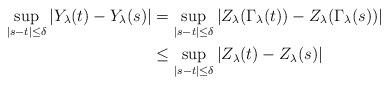
LaTeX: \begin{align*}\sup_{|s-t|\leq\delta} |Y_\lambda(t) - Y_\lambda(s)|& =\sup_{|s-t|\leq\delta} |Z_\lambda(\Gamma_\lambda(t)) -Z_\lambda(\Gamma_\lambda(s))| \\ & \leq \sup_{|s-t|\leq\delta} |Z_\lambda(t) - Z_\lambda(s)|\end{align*}